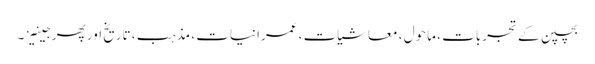
بچپن کے تجربات ، ماحول ، معاشیات ، عمرانیات ، مذہب ، تاریخ اور پھر جینیز ۔